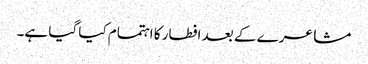
مشاعرے کے بعد افطار کا اہتمام کیا گیا ہے۔